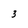
Character: 3